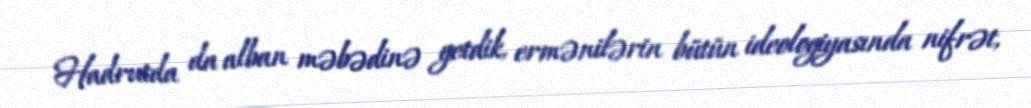
Hadrutda da alban məbədinə getdik, ermənilərin bütün ideologiyasında nifrət,